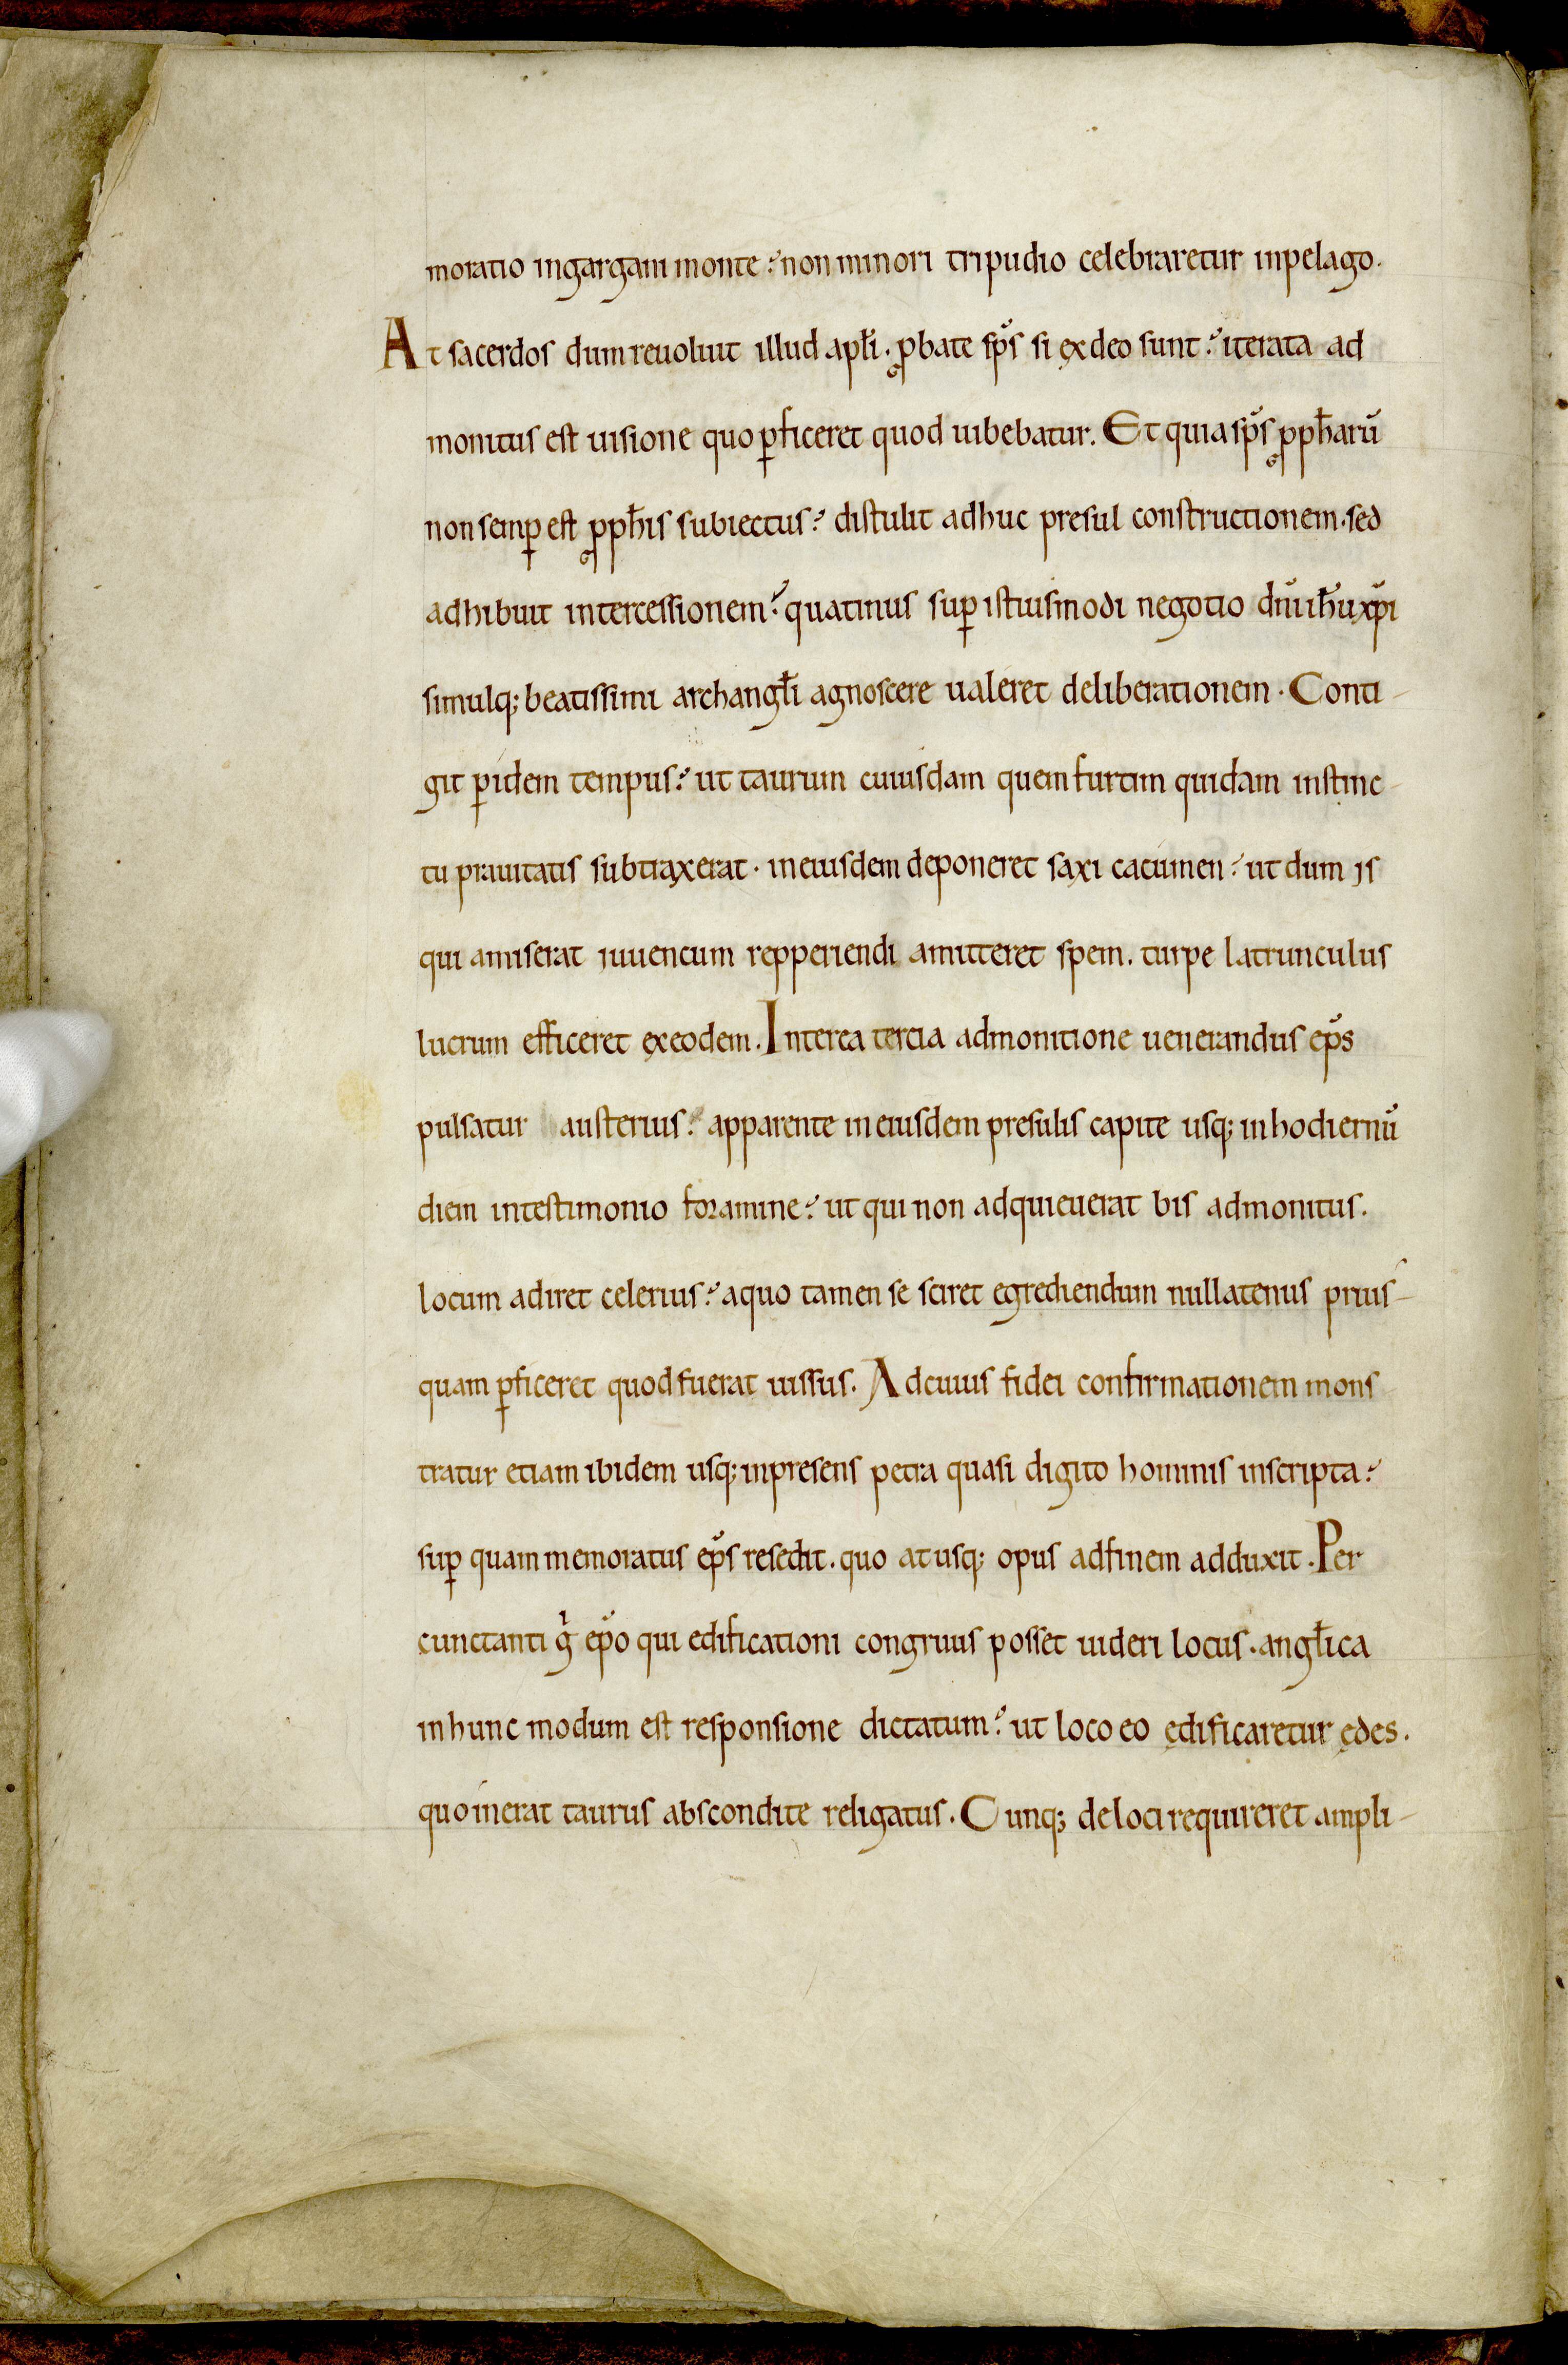
Shelfmark: Avranches, Bibliothèque municipale, 0210
Century: 12